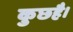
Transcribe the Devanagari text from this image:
कुछहै।